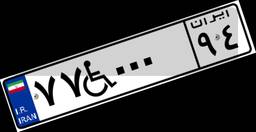
۷۹W۶۲۵۲۸